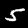
Digit: 5